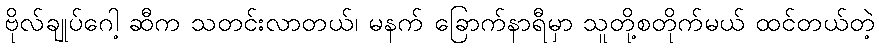
ဗိုလ်ချုပ်ဂေါ့ ဆီက သတင်းလာတယ်၊ မနက် ခြောက်နာရီမှာ သူတို့စတိုက်မယ် ထင်တယ်တဲ့